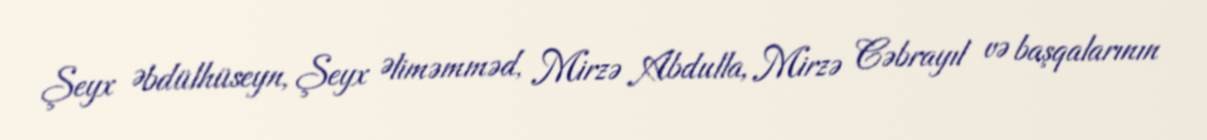
Şeyx Əbdülhüseyn, Şeyx Əliməmməd, Mirzə Abdulla, Mirzə Cəbrayıl və başqalarının